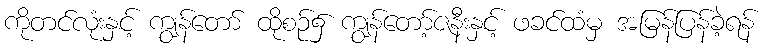
ကိုတင်လုံးနှင့် ကျွန်တော် ထိုစဉ်၌ ကျွန်တော့်ဇနီးနှင့် ဖခင်ထံမှ အမြန်ပြန်ခဲ့ရန်